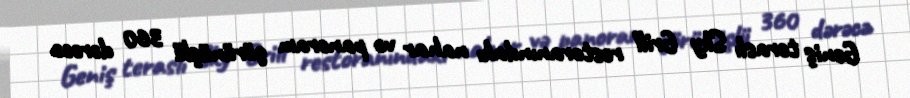
Geniş teraslı Sky Grill restoranındakı nahar və panoram görünüşlü 360 dərəcə